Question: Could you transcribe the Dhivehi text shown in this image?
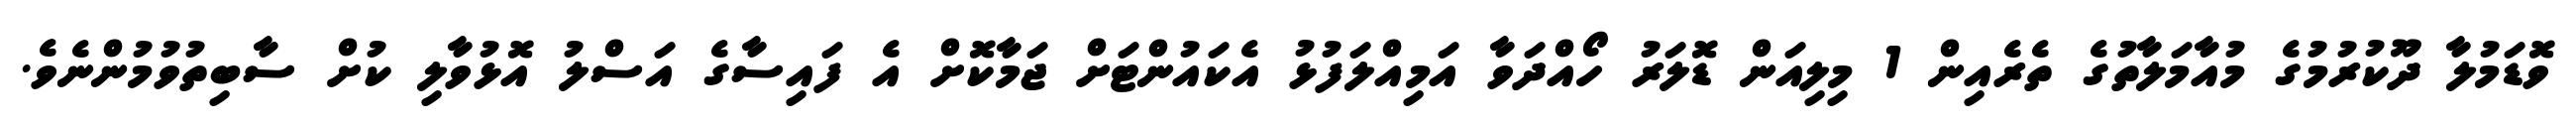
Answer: ވޮޑަމުލާ ދޫކުރުމުގެ މުއާމަލާތުގެ ތެރެއިން 1 މިލިއަން ޑޮލަރު ހޯއްދަވާ އަމިއްލަފުޅު އެކައުންޓަށް ޖަމާކޮށް އެ ފައިސާގެ އަސްލު އޮޅުވާލި ކުށް ސާބިތުވުމުންނެވެ.